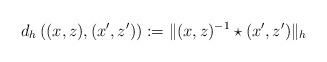
LaTeX: \begin{align*}d_h \left( (x,z), (x^\prime, z^\prime) \right) := \|(x,z)^{-1 } \star (x^\prime,z^\prime)\|_h\end{align*}